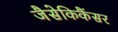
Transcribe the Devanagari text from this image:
जैसेकिकैंसर